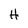
Character: H